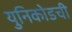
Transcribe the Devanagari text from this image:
युनिकोडची